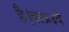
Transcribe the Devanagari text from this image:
है।क्लाउदे